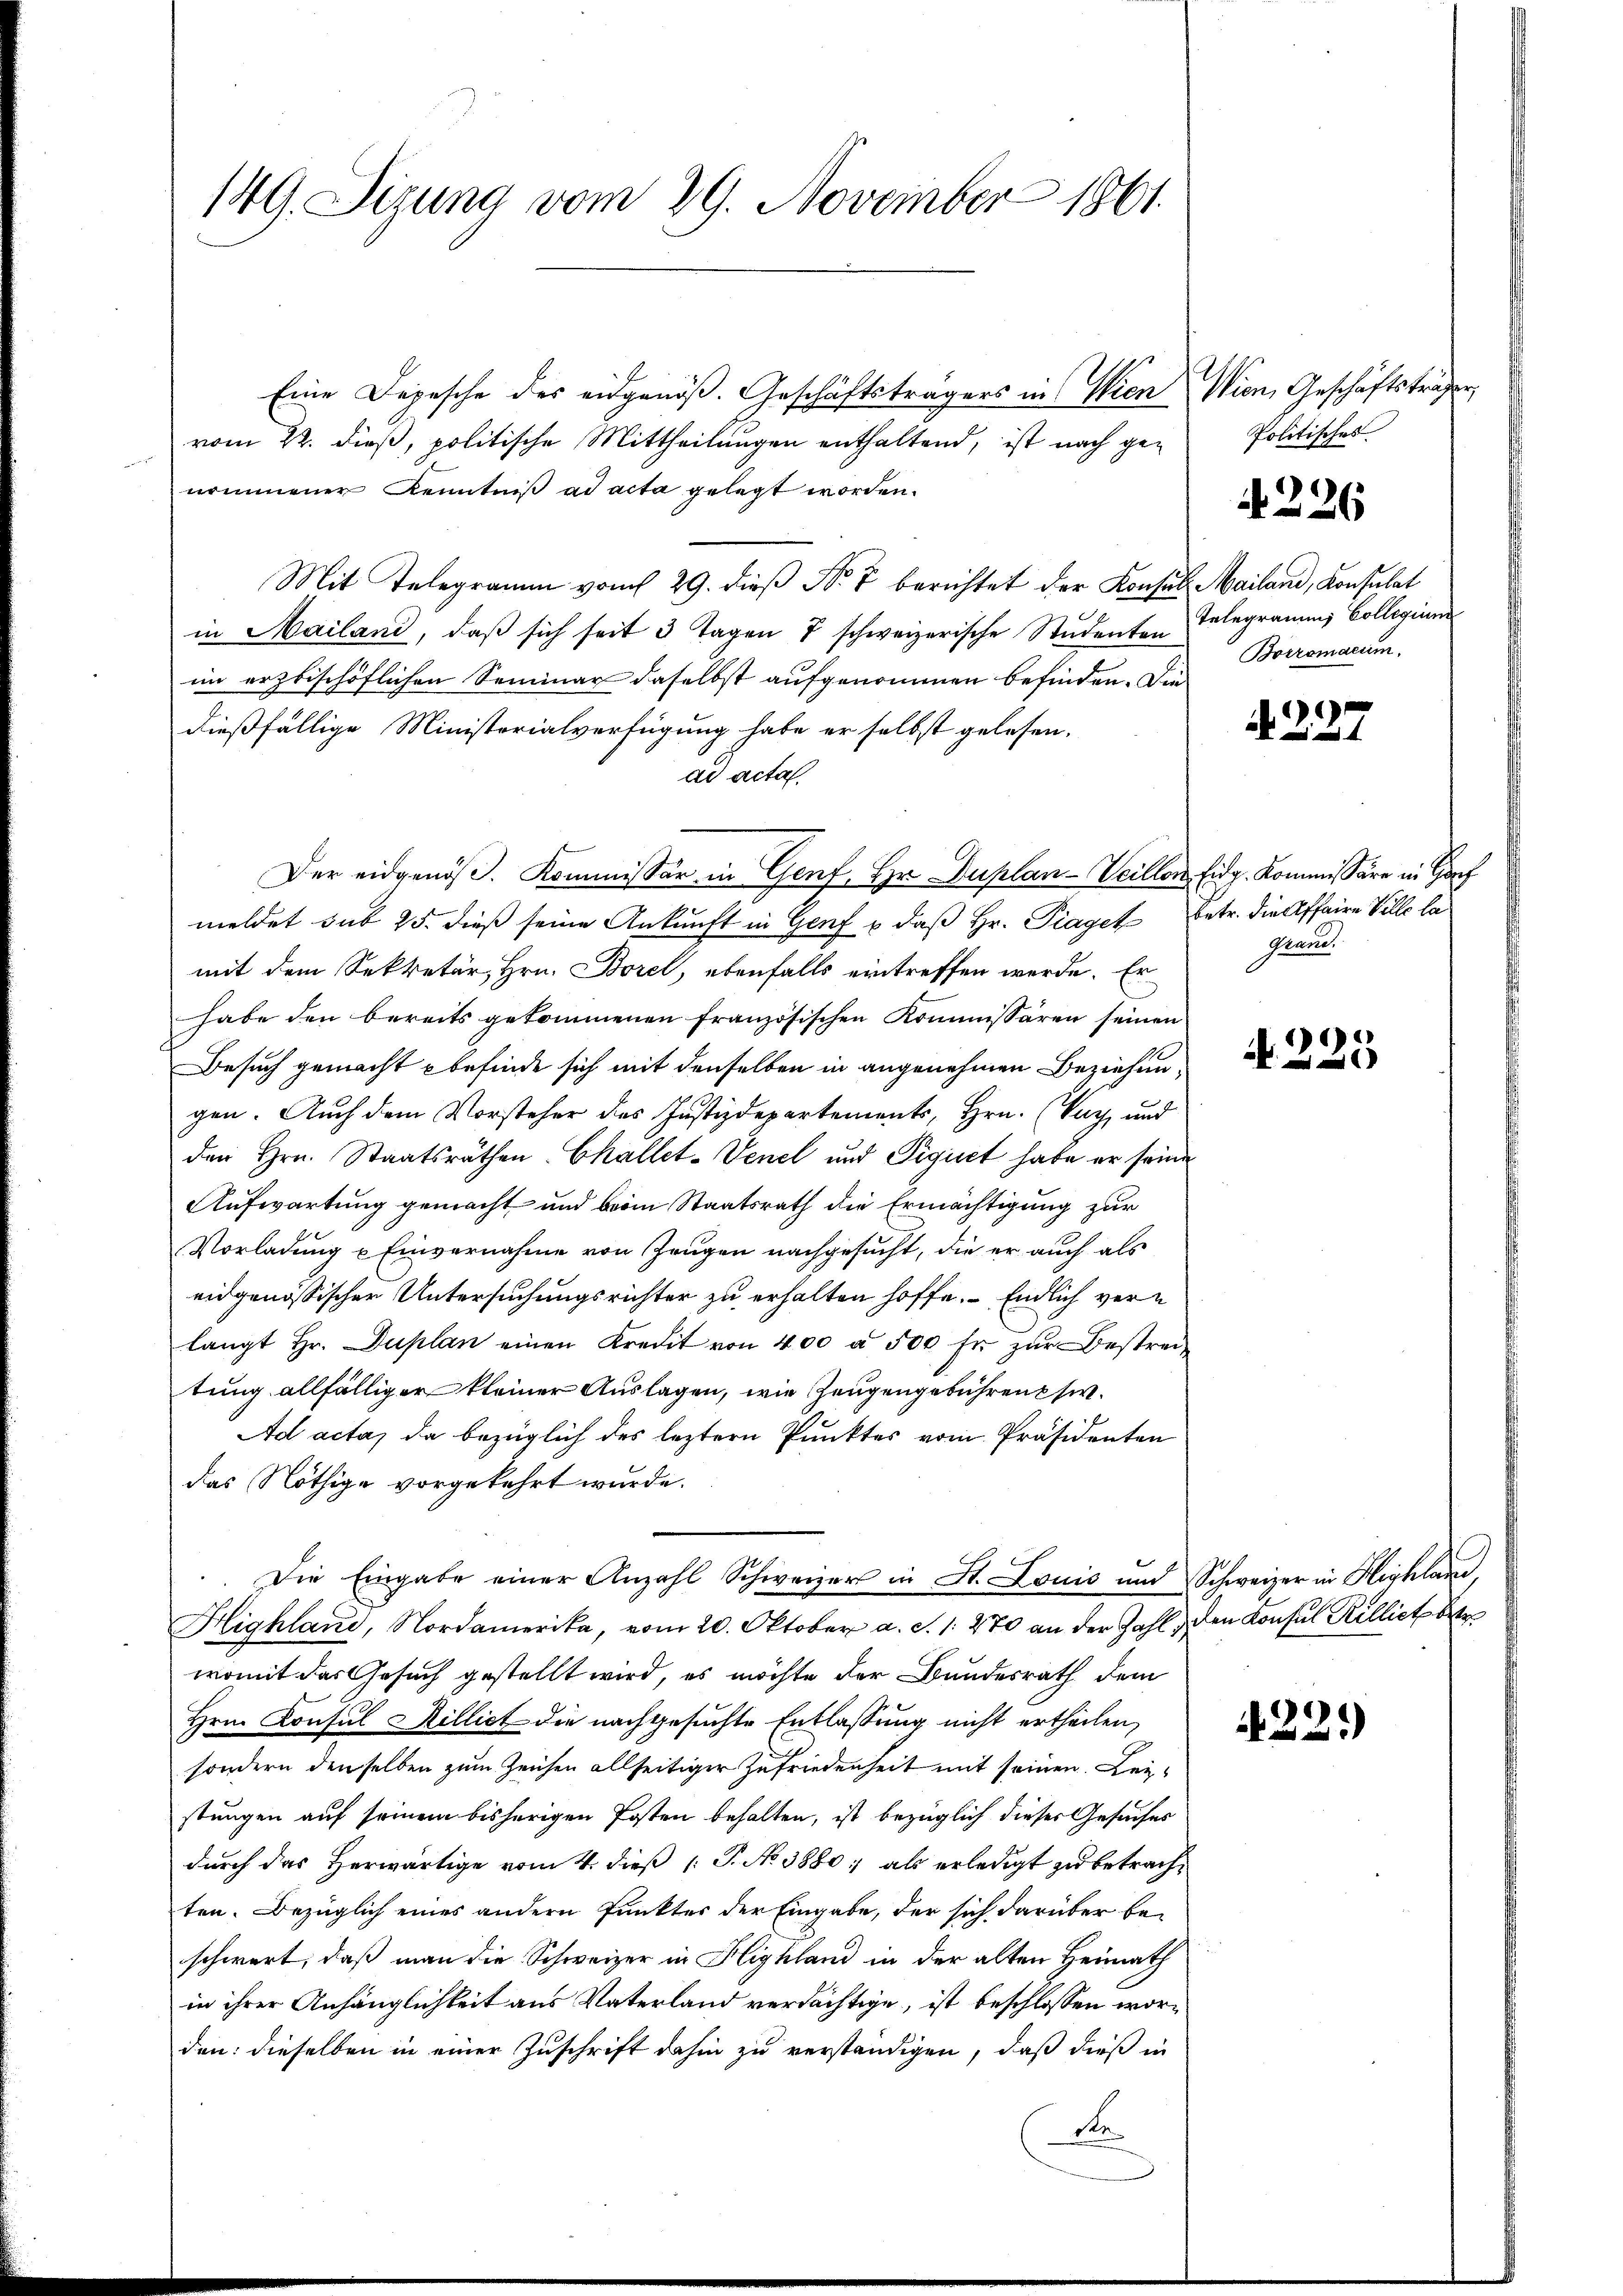
149. Sizung vom 29. November 1861.

Eine Depesche des eidgenöß. Geschäftsträgers in Wien Wien, Geschäftsträger,
vom 22. dieß, politische Mittheilungen enthaltend, ist nach genommener Kenntniß ad acta gelegt worden.
Mit Telegramm vom 29. dieβ No 7 berichtet der Konsul Mailand, Konsulat
in Mailand, daß sich seit 3 Tagen 7 schweizerische Studenten
ein erzbischöflichen Seminar daselbst aufgenommen befinden. Die
dießfällige Ministerialverfügung habe er selbst gelesen.
ad acta.
Der eidgenöß. Kommissär in Genf, Hr. Duplan- Veillons Eidg. Kommissäre in Hof
meldet sub 25. dieß seine Ankunft in Genf u. daß Hr. Piaget betr. die Affaire Ville la
mit dem Sekretär, Hrn. Borel, ebenfalls eintreffen werde. Er
habe den bereits gekommenen französischen Kommissären seinen
Besuch gemacht befinde sich mit denselben in angenehmen Beziehungen. Auch dem Vorsteher des Justizdepartements, Hrn. (Vach, und
den Hrn. Staatsräthen Challet-Venel und Pigiret habe er seine
Aufwartung gemacht und beim Staatsrath die Ermächtigung zur
Vorladung u Einvernahme von Zeugen nachgesucht, die er auch als
eidgenössischer Untersuchungsrichter zu erhalten hoffe. Endlich verlangt Hr. Duplan einen Kredit von 400 a 500 fr. zŭr Bestreitung allfälliger kleiner Auslagen, wie Zeugengebühren si
Ad acta, da bezüglich des leztern Punktes vom Präsidenten
das Nöthige vorgekehrt wurde.
Die Eingabe einer Anzahl Schweizers in St. Louis und Schweizer in Highlane,
Highland, Nordamerika, vom 20. Oktober a. d. 1. 270 an der Zahl den Konsul Rilliet betr
womit das Gesuch gestellt wird, es möchte der Bundesrath dem
Hrn. Consul Hilliet die nachgesuchte Entlassung nicht ertheilen,
sondern denselben zum Zeichen allseitiger Zufriedenheit mit seinen Leistungen auf seinem bisherigen Posten behalten, ist bezüglich dieser Gesuches
durch das Herwärtige vom 4. dieß [ P. No 3880; als erledigt zu betrachten. Bezüglich eines andern Punkter der Eingabe, der sich darüber beschwert, daß man die Schweizer in Highland in der alten Heimath
in ihrer Anhänglichkeit aus Vaterland verdächtige, ist beschlossen worden: dieselben in einer Zuschrift dahin zu verständigen, daß dieß in
ste.

Politisches

N 226

Telegramms Collegium
Borromaeum.

A227.

Peane.

N 225

22.)